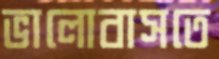
ভালোবাসতে